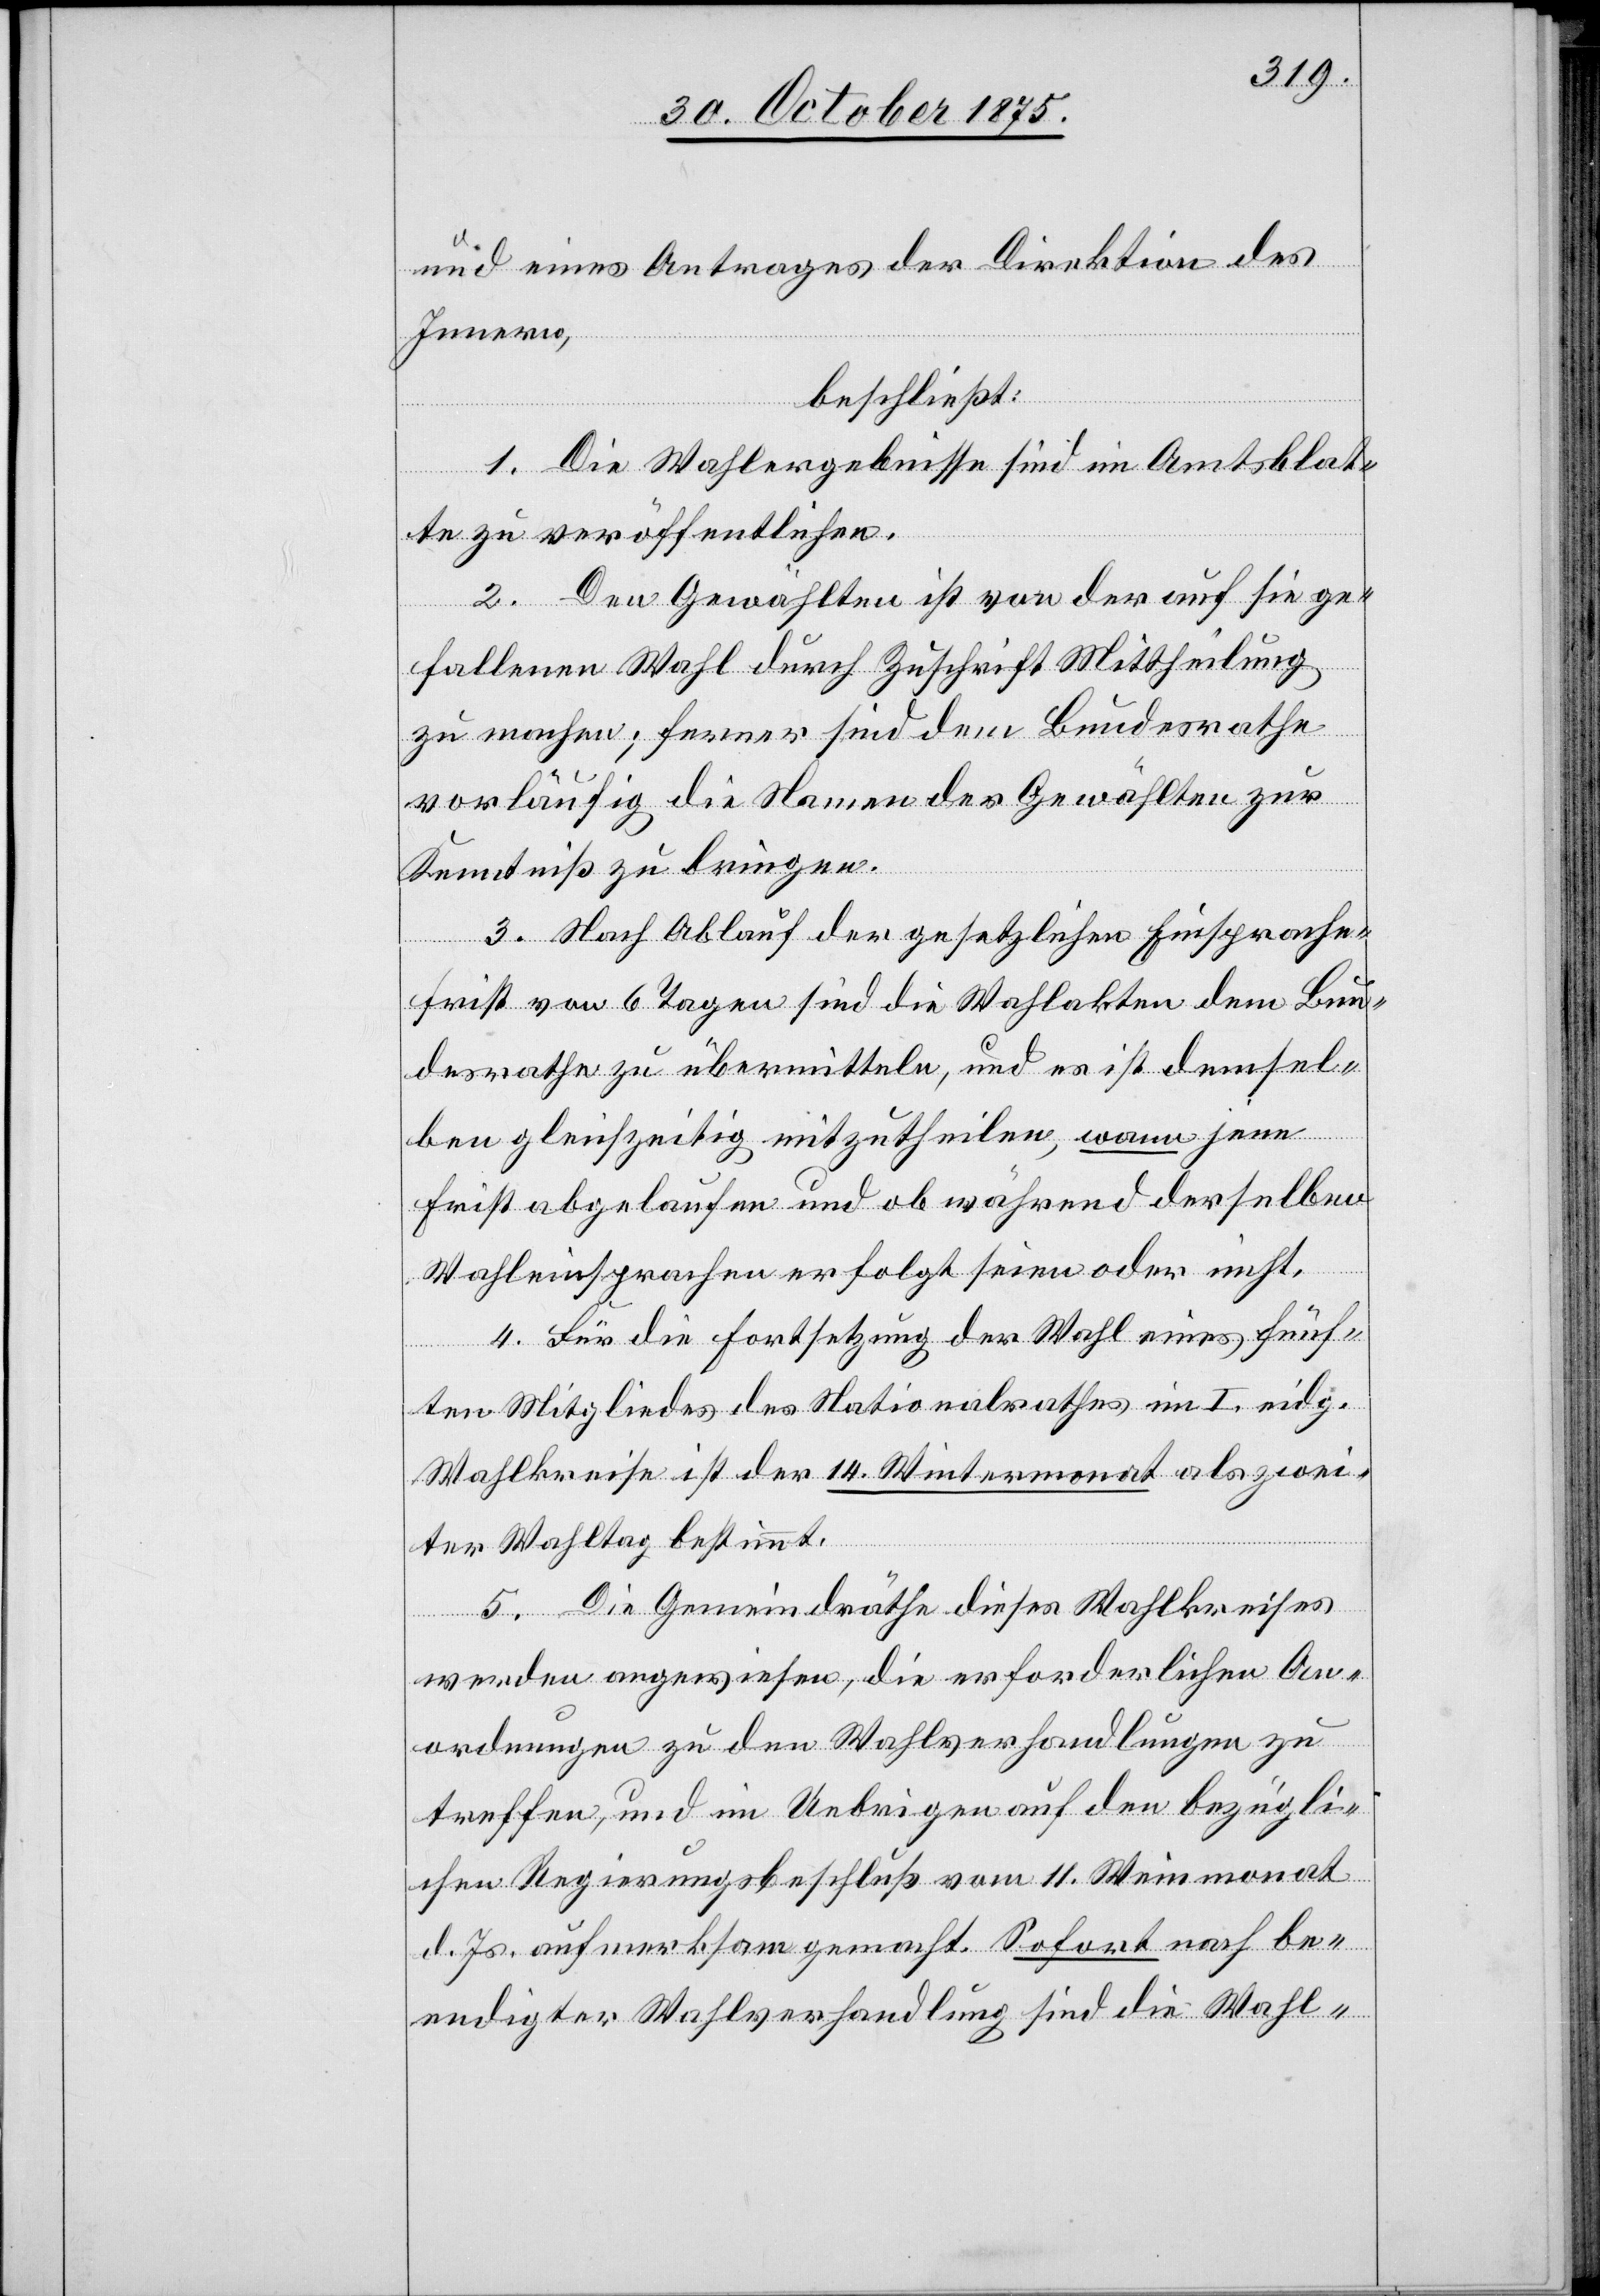
und eines Antrages der Direktion des
Innern,
beschließt:
1. Die Wahlergebnisse sind im Amtsblat¬
te zu veröffentlichen.
2. Den Gewählten ist von der auf sie ge¬
fallenen Wahl durch Zuschrift Mittheilung
zu machen; ferner sind dem Bundesrathe
vorläufig die Namen der Gewählten zur
Kenntniß zu bringen.
3. Nach Ablauf der gesetzlichen Einsprache¬
frist von 6 Tagen sind die Wahlakten dem Bun¬
desrathe zu übermitteln, und es ist demsel¬
ben gleichzeitig mitzutheilen, wann jene
Frist abgelaufen und ob während derselben
Wahleinsprachen erfolgt seien oder nicht.
4. Für die Fortsetzung der Wahl eines fünf¬
ten Mitgliedes des Nationalrathes im I. eidg.
Wahlkreise ist der 14. Wintermonat als zwei¬
ter Wahltag bestimmt.
5. Die Gemeindräthe dieses Wahlkreises
werden angewiesen, die erforderlichen An¬
ordnungen zu den Wahlverhandlungen zu
treffen, und im Uebrigen auf den bezügli¬
chen Regierungsbeschluß vom 11. Weinmonat
d. Js. aufmerksam gemacht. Sofort nach be¬
endigter Wahlverhandlung sind die Wahl-